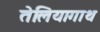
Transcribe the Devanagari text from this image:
तेलियागाथ